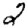
Digit: 2